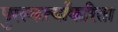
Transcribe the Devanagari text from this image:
पुरस्कर्त्यांकरिता